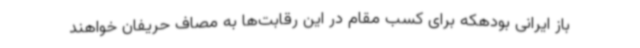
باز ایرانی بودهکه برای کسب مقام در این رقابت‌ها به مصاف حریفان خواهند